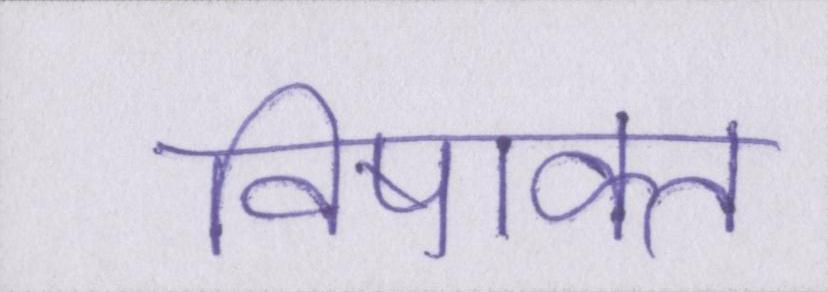
विषाक्त